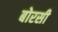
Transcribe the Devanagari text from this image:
बोरसी